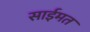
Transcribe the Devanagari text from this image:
साईमत